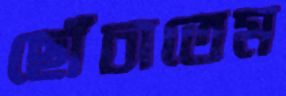
ছোঁচাতেম